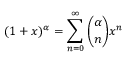
( 1 + x ) ^ { \alpha } = \sum _ { n = 0 } ^ { \infty } { \binom { \alpha } { n } } x ^ { n }